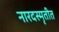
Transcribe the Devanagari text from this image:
नारदस्मृतीत